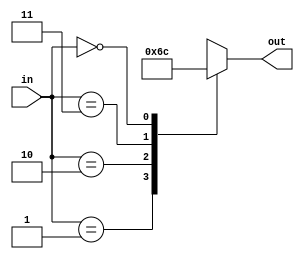
`timescale 1ns / 1ps
//////////////////////////////////////////////////////////////////////////////////
// Company: 
// Engineer: 
// 
// Design Name: 
// Module Name:    test 
// Project Name: 
// Target Devices: 
// Tool versions: 
// Description: 
//
// Dependencies: 
//
// Revision: 
// Revision 0.01 - File Created
// Additional Comments: 
//
//////////////////////////////////////////////////////////////////////////////////
module test(out,in);
input [1:0] in;
output reg [1:0] out;

always@(*) begin
	case(in)
	 1: out=1;
	 2: out=2;
	 3: out=3;
	 0: out=0;
	endcase
	end
endmodule